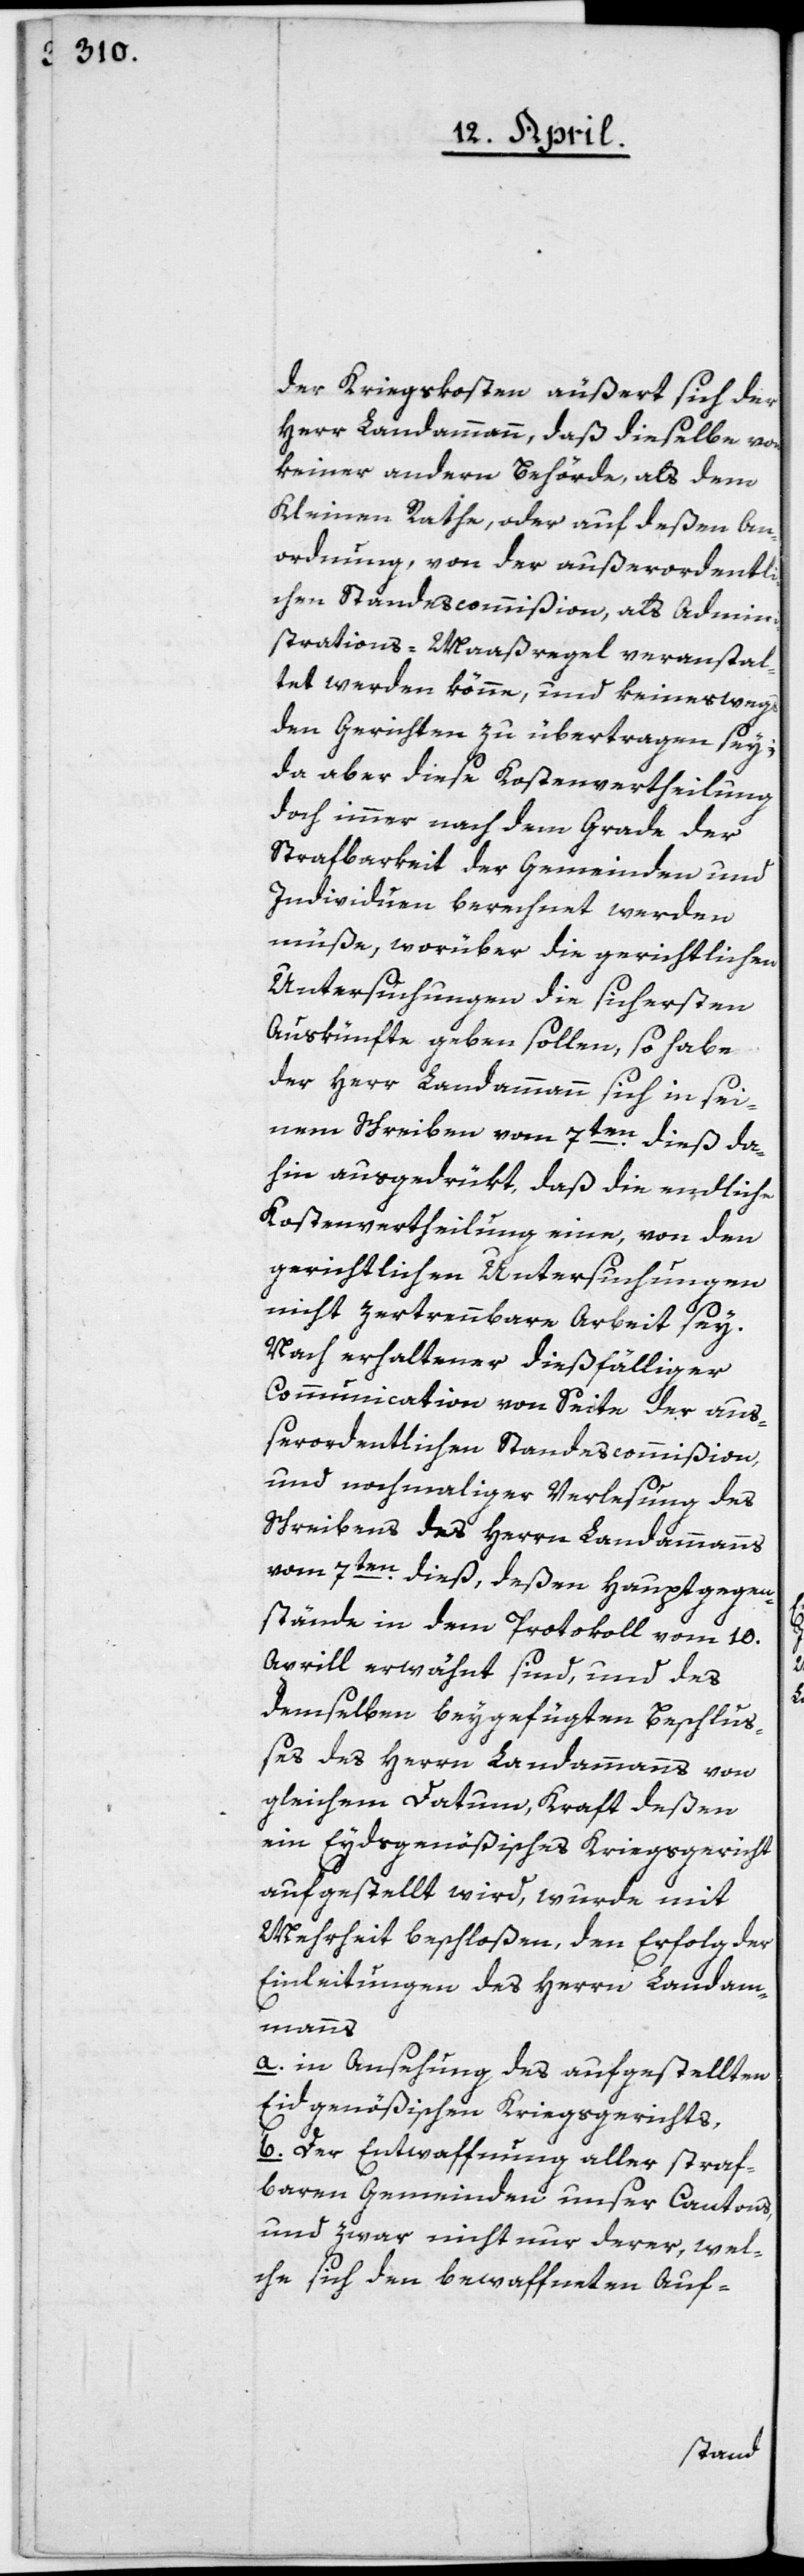
der Kriegskosten äußert sich der
Herr Landammann, daß dieselbe von
keiner andern Behörde, als dem
Kleinen Rathe oder auf deßen An¬
ordnung, von der außerordentli¬
chen Standescommißion, als Admini¬
strations-Maaßregel veranstal¬
tet werden könne, und keineswegs
den Gerichten zu übertragen sey;
da aber diese Kostenvertheilung
doch immer nach dem Grade der
Strafbarkeit der Gemeinden und
Individuen berechnet werden
müße, worüber die gerichtlichen
Untersuchungen die sichersten
Auskünfte geben sollen, so habe
der Herr Landammann sich in sei¬
nem Schreiben vom 7ten dieß da¬
hin ausgedrükt, daß die endliche
Kostenvertheilung eine, von den
gerichtlichen Untersuchungen
nicht zertrennbare Arbeit sey.
Nach erhaltener dießfälliger
Communication von Seite der auß¬
erordentlichen Standescommißion,
und nochmaliger Verlesung des
Schreibens des Herrn Landammanns
vom 7ten dieß, deßen Hauptgegen¬
stände in dem Protokoll vom 10.
Aprill erwähnt sind, und des
demselben beygefügten Beschluß¬
es des Herrn Landammanns von
gleichem Datum, Kraft deßen
ein Eydgenößisches Kriegsgericht
aufgestellt wird, wurde mit
Mehrheit beschloßen, den Erfolg der
Einleitungen des Herrn Landam¬
manns
a. in Ansehung des aufgestellten
Eidgenößischen Kriegsgerichts,
b. der Entwaffnung aller straf¬
baren Gemeinden unsers Cantons,
und zwar nicht nur derer, wel¬
che sich den bewaffneten Auf-